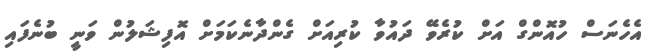
އެހެނަސް ހުއޮންގް އަށް ކުރެވޭ ދައުވާ ކުރިއަށް ގެންދާނެކަމަށް އޮފިޝަލުން ވަނީ ބުނެފައި